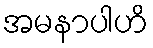
အမနာပါဟိ